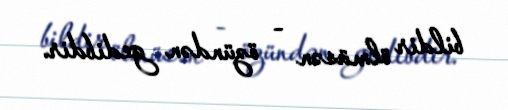
bildir ölmüsən - özündən gedibdir.